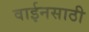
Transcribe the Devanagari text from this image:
वाईनसाठी